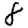
Digit: 8